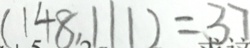
( 1 4 8 , 1 1 1 ) = 3 7